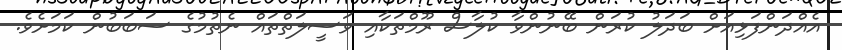
އެއްދަންފަޅިއަށް ބަދަލު ކުރަން ބޭނުންވާ ކުލާސް ރޫމްތަކާއި ވަސީލަތްތައް ނެތުމުގެ ސަބަބުން ކަމަށެވެ.